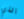
الذي